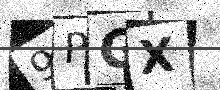
Text: 9PGX